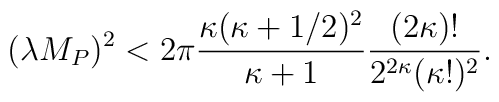
(\lambda M_P)^2 < 2\pi\frac{\kappa(\kappa + 1/2)^2}{\kappa + 1}  \frac{(2\kappa)!}{2^{2\kappa}(\kappa!)^2}.